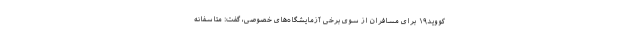
کووید۱۹ برای مسافران از سوی برخی آزمایشگاه‌های خصوصی، گفت: متاسفانه